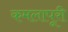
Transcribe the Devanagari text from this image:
कमलापूरी